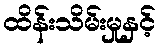
ထိန်းသိမ်းမှုနှင့်